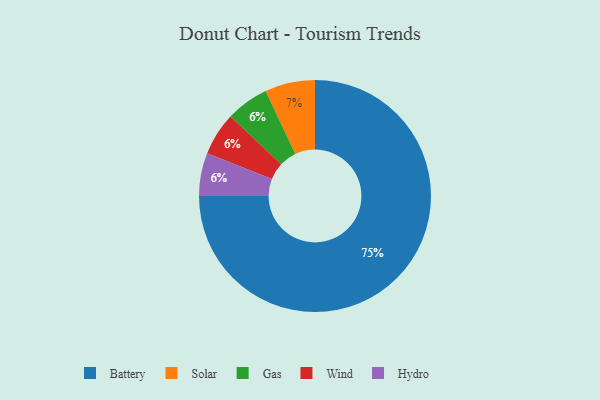
{"axis": {"x": "Category", "y": "Percentage"}, "legend": ["Battery", "Gas", "Hydro", "Solar", "Wind"], "data": [{"x": "Gas", "y": 6, "type": "Gas"}, {"x": "Solar", "y": 7, "type": "Solar"}, {"x": "Battery", "y": 75, "type": "Battery"}, {"x": "Wind", "y": 6, "type": "Wind"}, {"x": "Hydro", "y": 6, "type": "Hydro"}]}